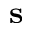
\mathbf { s }